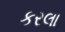
કરલા